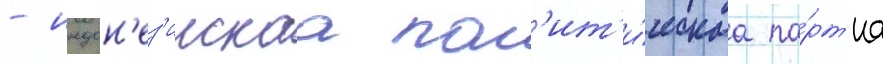
- индон'ез'иискаа пол'ит'и́ческаа па́рт'иа